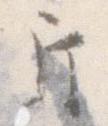
斤